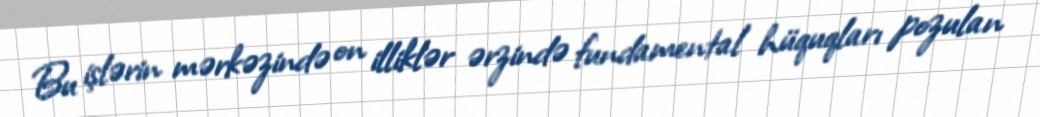
Bu işlərin mərkəzində on illiklər ərzində fundamental hüquqları pozulan